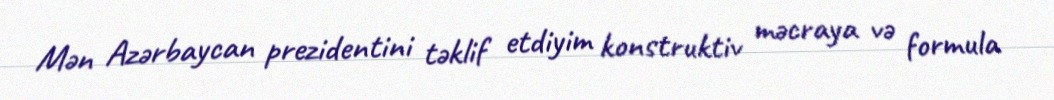
Mən Azərbaycan prezidentini təklif etdiyim konstruktiv məcraya və formula